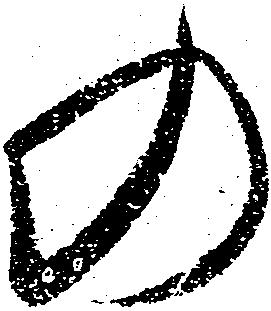
の